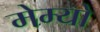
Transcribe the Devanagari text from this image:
मेम्यो